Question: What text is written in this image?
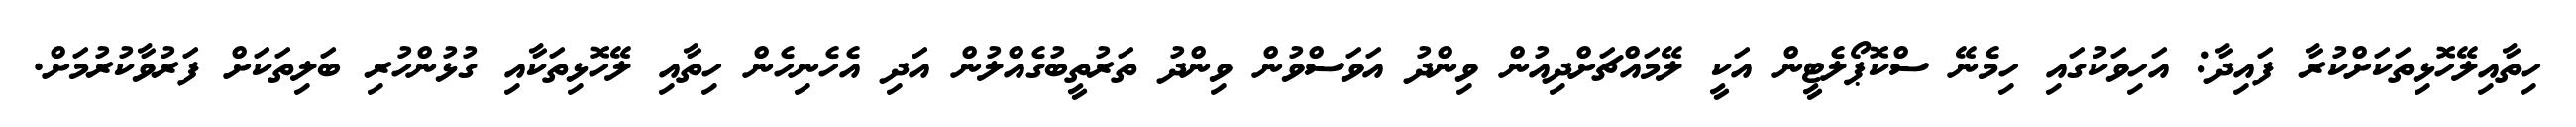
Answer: ހިތާއިލޭހޮޅިތަކަށްކުރާ ފައިދާ: އަހިވަކުގައި ހިމެނޭ ސްކޮޕޯލެޓީން އަކީ ލޭމައްޗަށްދިއުން ވިންދު އަވަސްވުން ވިންދު ތަރުތީބުގެއްލުން އަދި އެހެނިހެން ހިތާއި ލޭހޮޅިތަކާއި ގުޅުންހުރި ބަލިތަކަށް ފަރުވާކުރުމަށް.